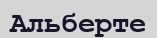
Альберте